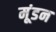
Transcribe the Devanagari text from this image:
मूंडन